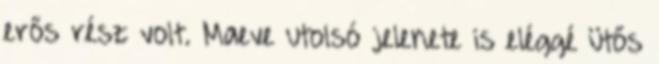
erős rész volt. Maeve utolsó jelenete is eléggé ütős